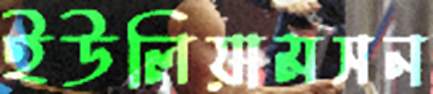
ইউলিয়ামসন